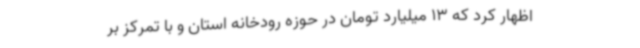
اظهار کرد که 13 میلیارد تومان در حوزه رودخانه استان و با تمرکز بر